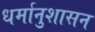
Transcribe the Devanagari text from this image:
धर्मानुशासन